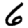
Digit: 6